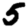
Digit: 5